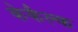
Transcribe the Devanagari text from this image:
केकैल्क